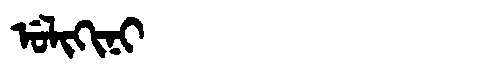
Manchu: ᡠᠯᡳᡴᡳᠨᡳ
Romanization: ULIKINI